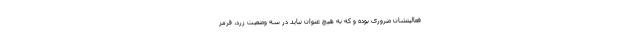
فعالیتشان ضروری بوده و که به هیچ عنوان نباید در سه وضعیت زرد، قرمز